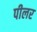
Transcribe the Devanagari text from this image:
पीलर